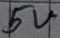
Text: 5V